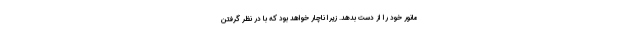
مانور خود را از دست بدهد. زیرا ناچار خواهد بود که با در نظر گرفتن